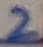
Text: 2